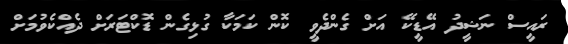
ރައީސް ނަޝީދު އޭޑީކޭ އަށް ގެންދެވީ ކޮން ކަމަކާ ގުޅިގެން ޑޮކްޓަރަށް ދެއްކެވުމަށް